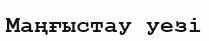
Маңғыстау уезі